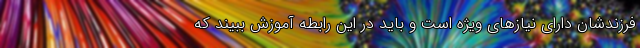
فرزندشان دارای نیازهای ویژه است و باید در این رابطه آموزش ببیند که